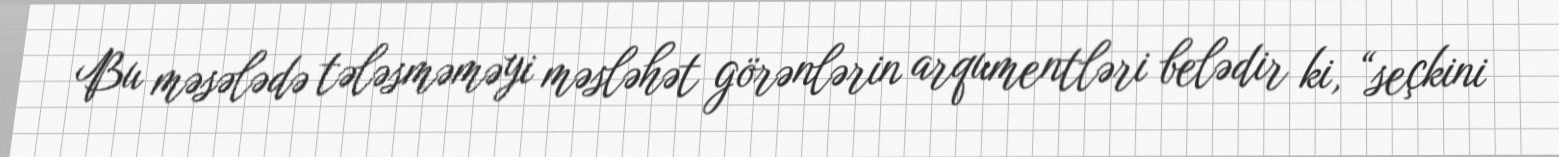
Bu məsələdə tələsməməyi məsləhət görənlərin arqumentləri belədir ki, “seçkini